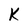
Character: K